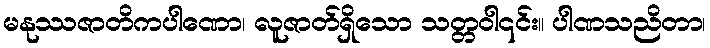
မနုဿဇာတိကပါဏော၊ လူဇာတ်ရှိသော သတ္တဝါ၎င်း။ ပါဏသညိတာ၊